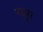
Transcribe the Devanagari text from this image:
रयूस